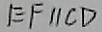
E F / / C D